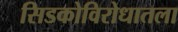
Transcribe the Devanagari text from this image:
सिडकोविरोधातला